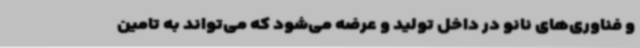
و فناوری‌های نانو در داخل تولید و عرضه می‌شود که می‌تواند به تامین